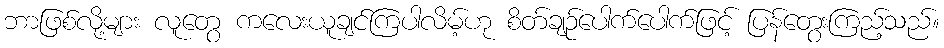
ဘာဖြစ်လို့များ လူတွေ ကလေးယူချင်ကြပါလိမ့်ဟု စိတ်ချဉ်ပေါက်ပေါက်ဖြင့် ပြန်တွေးကြည့်သည်။